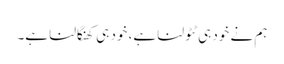
ہم نے خود ہی ٹٹولنا ہے، خود ہی کھنگالنا ہے۔